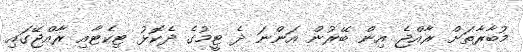
މުބާރާތަށް ރާއްޖެ އިން ބޭރުން އަންނަ ދެ ޓީމުގެ ދެކޮޅު ޓިކެޓާއި ރާއްޖޭގައި